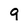
Character: g